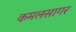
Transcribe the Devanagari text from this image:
कमलसागर